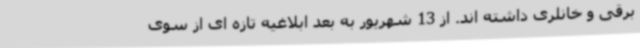
برقی و خانلری داشته اند. از 13 شهریور به بعد ابلاغیه تازه ای از سوی